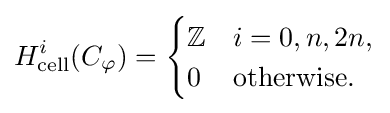
H_{\mathrm {cell} }^{i}(C_{\varphi })={\begin{cases}\mathbb {Z} &i=0,n,2n,\\0&{\text{otherwise}}.\end{cases}}